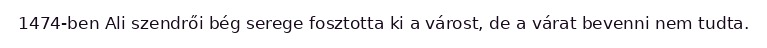
1474-ben Ali szendrői bég serege fosztotta ki a várost, de a várat bevenni nem tudta.